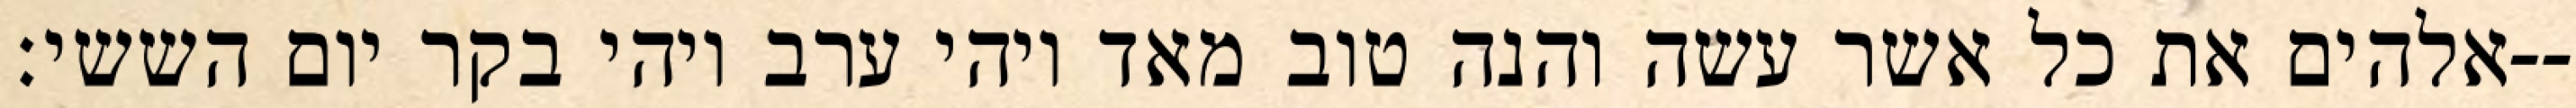
אלהים את כל אשר עשה והנה טוב מאד ויהי ערב ויהי בקר יום הששי׃--